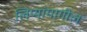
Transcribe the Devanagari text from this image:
लिप्यांमागील